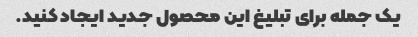
یک جمله برای تبلیغ این محصول جدید ایجاد کنید.